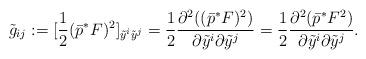
LaTeX: \begin{align*}\tilde g_{ij}:=[\frac{1}{2}(\bar p^*F)^2]_{\tilde y^i\tilde y^j}=\frac{1}{2}\frac{\partial^2((\bar p^*F)^2)}{\partial \tilde y^i\partial \tilde y^j}=\frac{1}{2}\frac{\partial^2(\bar p^*F^2)}{\partial \tilde y^i\partial \tilde y^j}.\end{align*}